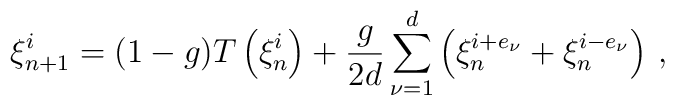
\xi^i_{n+1} = (1-g) T\left(\xi^i_n\right) + \frac{g}{2d} \sum_{\nu=1}^d               \left(\xi^{i+e_\nu}_n + \xi^{i-e_\nu}_n\right) \, ,